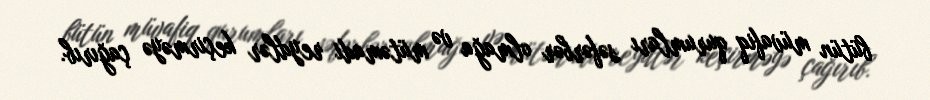
bütün müvafiq qurumları səfərbər olmağa və mütəmadi reydlər keçirməyə çağırıb.